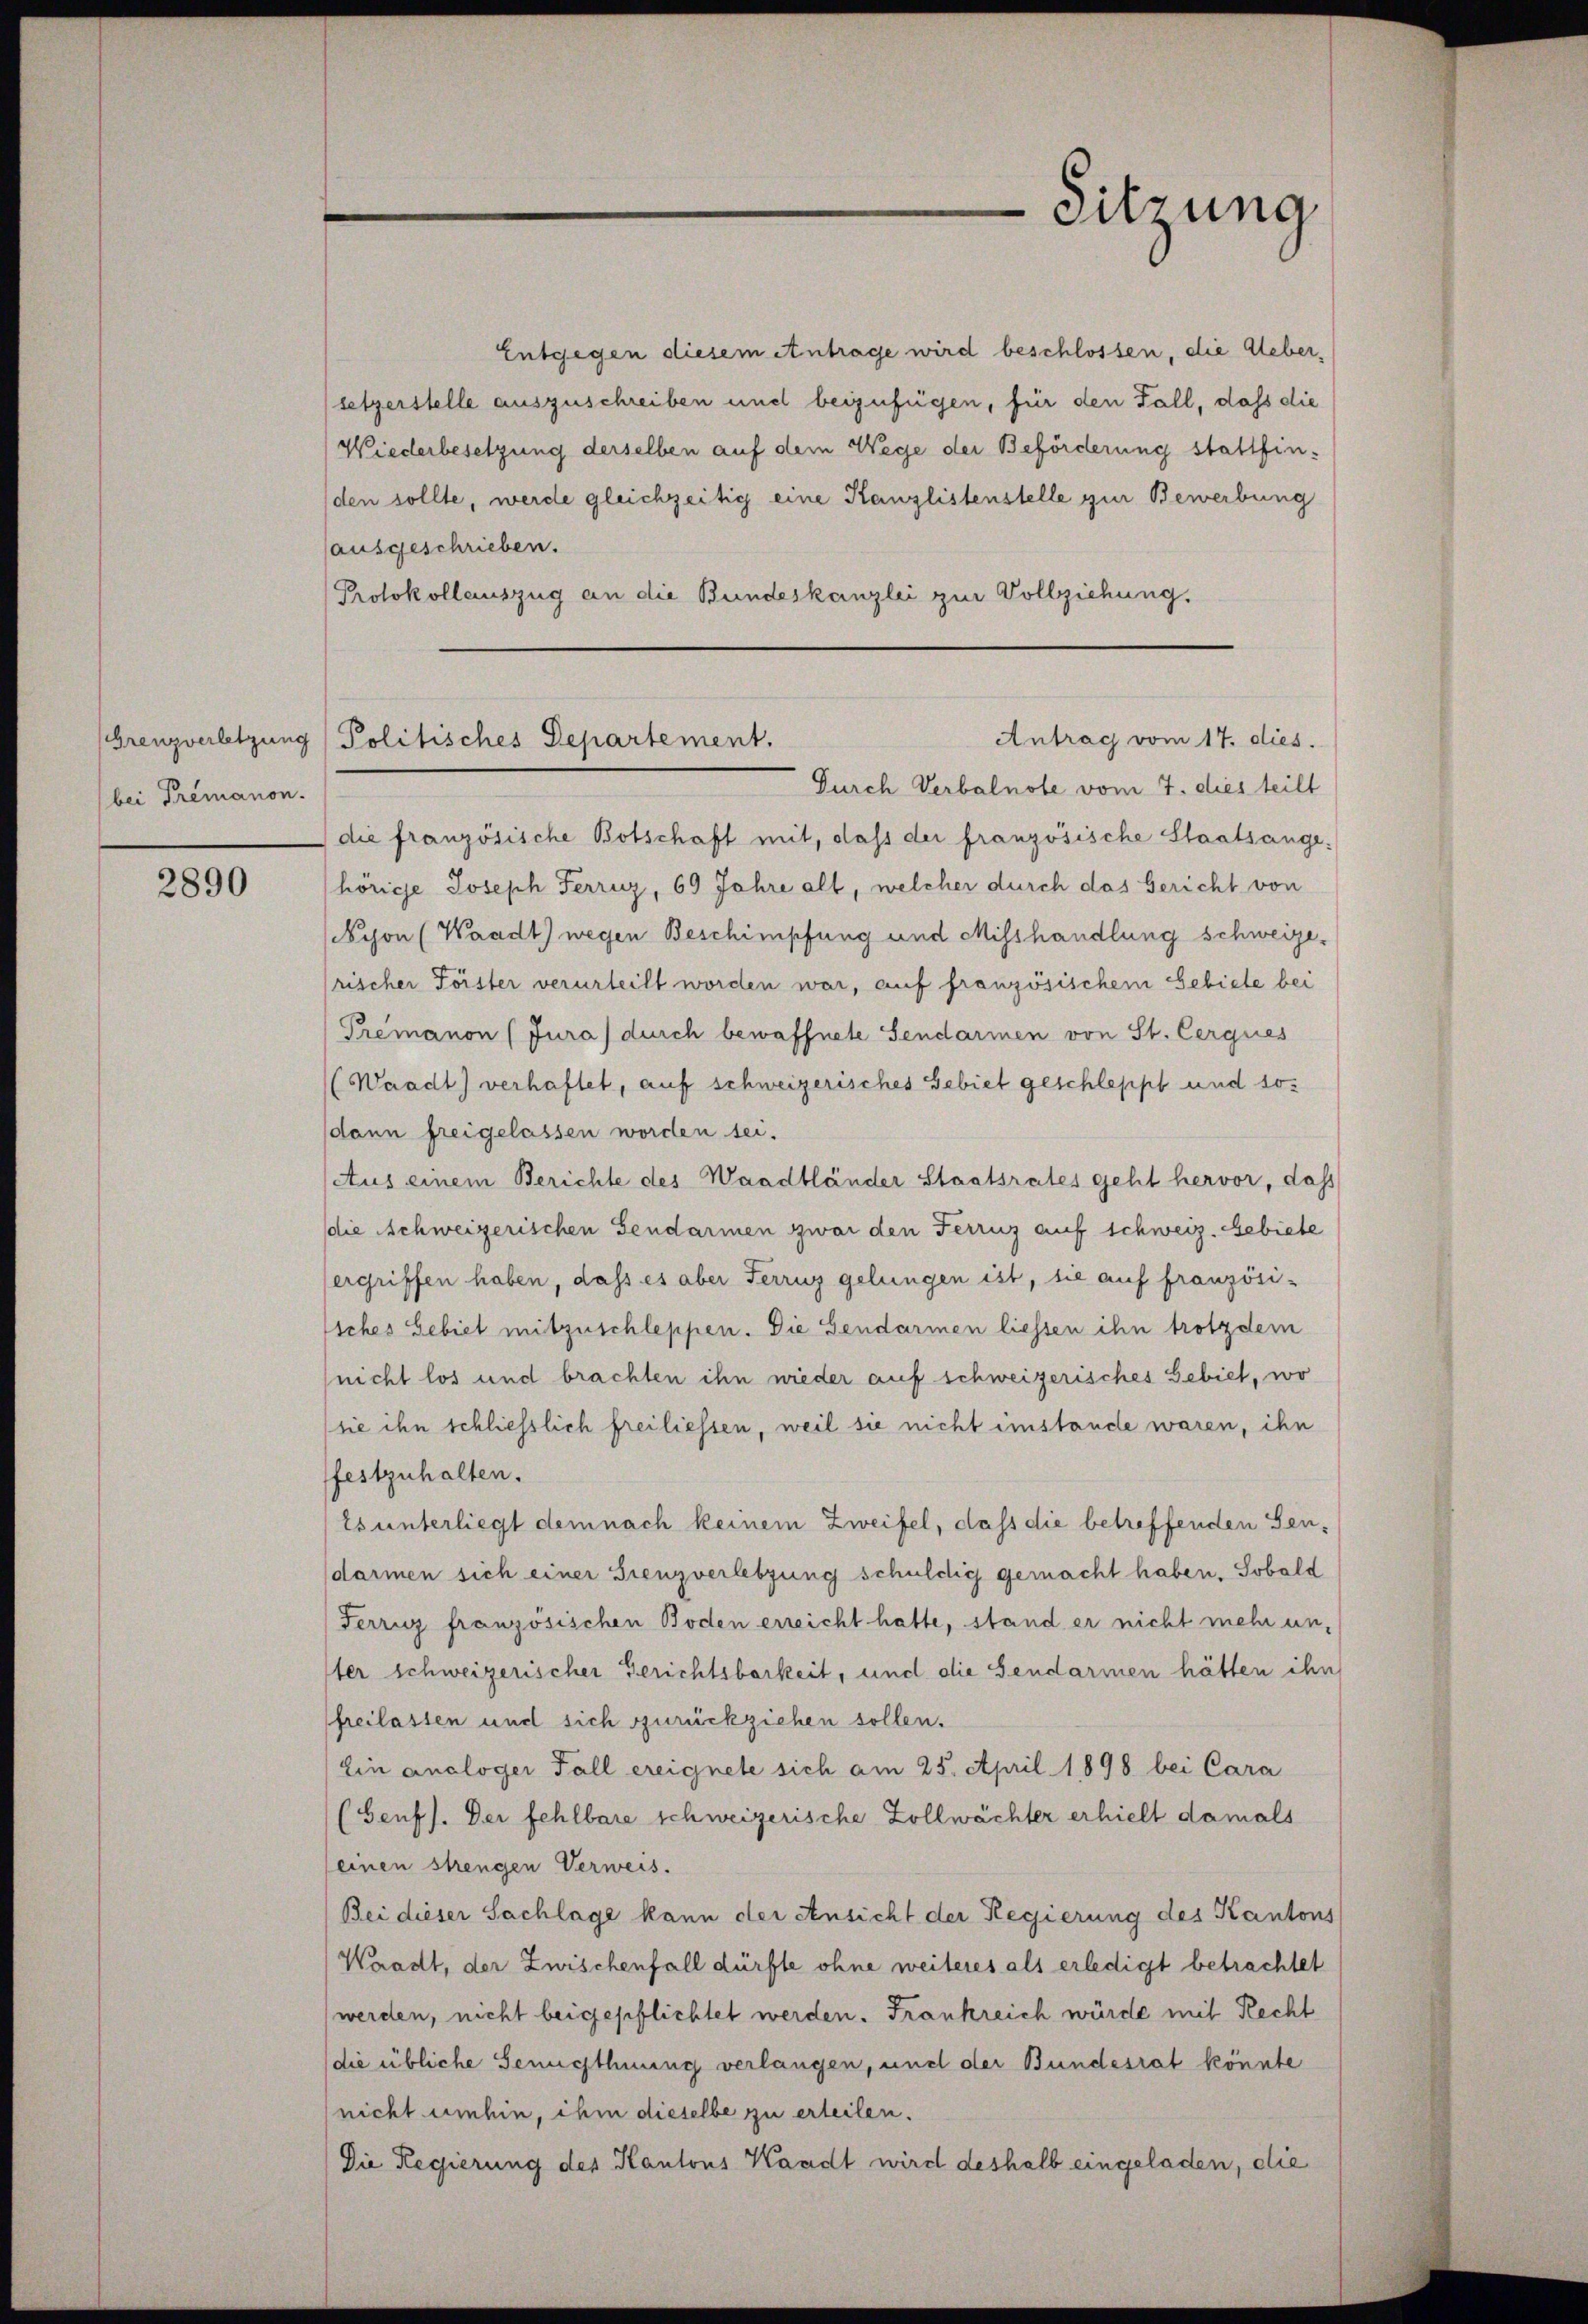
bei Tremanon.

2890

Entgegen diesem Antrage wird beschlossen, die Uebersetzerstelle auszuschreiben und beizufügen, für den Fall, dass die
Wiederbesetzung derselben auf dem Wege der Beförderung stattfin¬
(den sollte, werde gleichzeitig eine Kanzlistenstelle zur Bewerbung
(ausgeschrieben.
Protokollauszug an die Bundeskanzlei zur Vollziehung.

Sitzung

die französische Botschaft mit, dass der französische Staatsange-
hörige Joseph Ferruz, 69 Jahre alt, welcher durch das Gericht von
Nyon (Waadt) wegen Beschimpfung und Misshandlung schweizerischer Förster verurteilt worden war, auf französischem Gebiete bei
Premanon (Jura durch bewaffnete Sendarmen von St. Cerques
(Waadt) verhaftet, auf schweizerisches Gebiet geschleppt und sodann freigelassen worden sei.
Aus einem Berichte des Waadtländer Staatsrates geht hervor, dass
die Achweizerischen Gendarmen zwar den Ferruz auf schweiz. Gebiete
ergriffen haben, dass es aber Ferruz gelungen ist, sie auf französi-
liches Gebiet mitzuschleppen. Die Gendarmen liessen ihn trotzdem
nicht los und brachten ihn wieder auf schweizerisches Gebiet, wo
(sie ihn schliesslich freiliessen, weil sie nicht imstande waren, ihn
festzuhalten.
Es unterliegt demnach keinem Zweifel, dass die betreffenden Gendarmen sich einer Grenzverletzung schuldig gemacht haben. Sobald
Ferruz französischen Boden erreicht hatte, stand er nicht mehr unter schweizerischer Gerichtsbarkeit, und die Sendarmen hätten ihn
freilassen und sich zurückziehen sollen.
Ein analoger Fall ereignete sich am 25. April 1898 bei Cara
(Genf). Der fehlbare schweizerische Zollwächter erhielt damals
einen strengen Verweis.
Bei dieser Sachlage kann der Ansicht der Regierung des Kantons
Waadt, der Zwischenfall dürfte ohne weiteres als erledigt betrachtet
werden, nicht beigepflichtet werden. Frankreich würde mit Recht
(die übliche Genugthuung verlangen, und der Bundesrat könnte
nicht umhin, ihm dieselbe zu erteilen.
Die Regierung des Kantons Kandt wird deshalb eingeladen, die

Antrag vom 17. dies.
(Grenzverletzung / Politisches Departement.
Durch Verbalnote vom 7. dies teilt